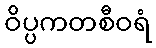
ဝိပ္ပကတစီဝရံ